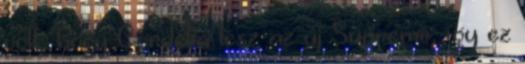
volt, hogy Cordelia lesz az új Supreme, így ez